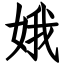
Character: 娥